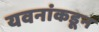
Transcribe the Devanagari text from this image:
यवनांकडून